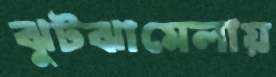
ঝুটঝামেলায়